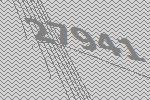
27941